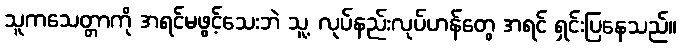
သူကသေတ္တာကို အရင်မဖွင့်သေးဘဲ သူ့ လုပ်နည်းလုပ်ဟန်တွေ အရင် ရှင်းပြနေသည်။